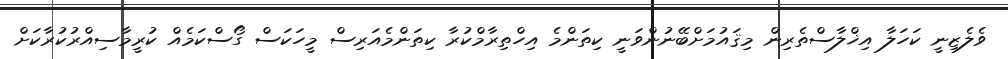
ވެލެޒިނީ ކަހަލާ އިޚްލާސްތެރިން މިޤައުމަށްބޭނުންވަނީ ކިތަންމެ އިހްތިރާމްކުރާ ކިތަންމެއަރިސް މީހަކަސް ގޯސްކަމެއް ކުރީމާސިއްރުކުރާކަށް